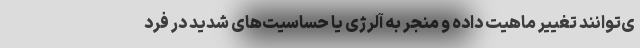
ی‌توانند تغییر ماهیت داده و منجر به آلرژی یا حساسیت‌های شدید در فرد